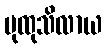
ပုထုသိလာယ